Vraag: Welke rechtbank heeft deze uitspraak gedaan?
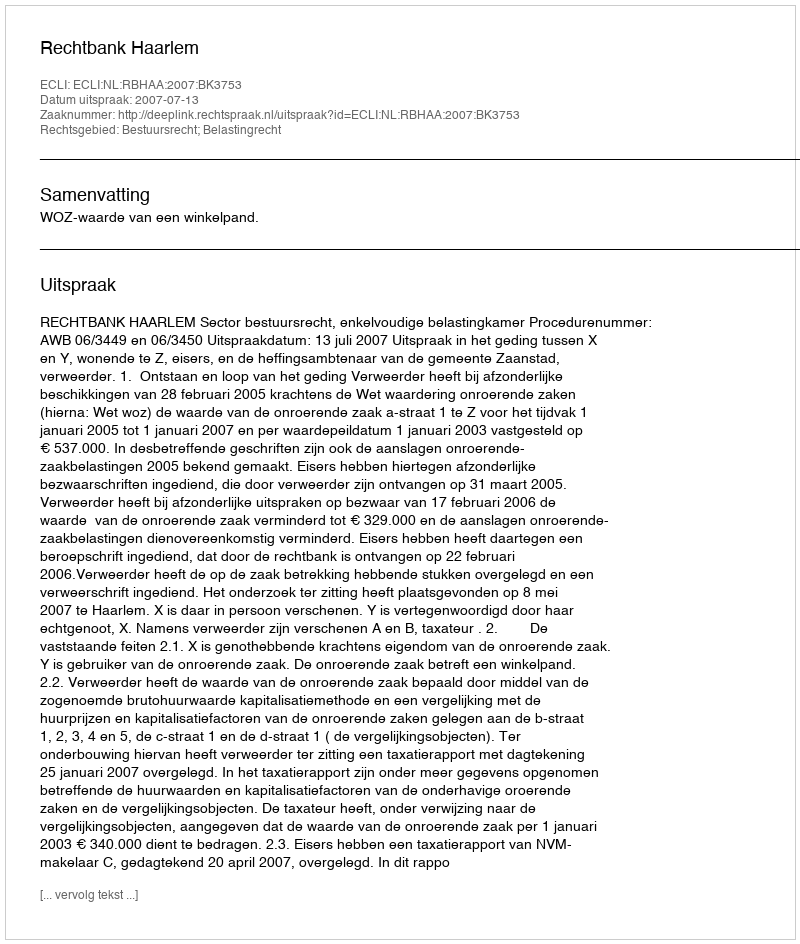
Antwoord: Rechtbank Haarlem